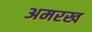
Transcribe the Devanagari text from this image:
अमरख